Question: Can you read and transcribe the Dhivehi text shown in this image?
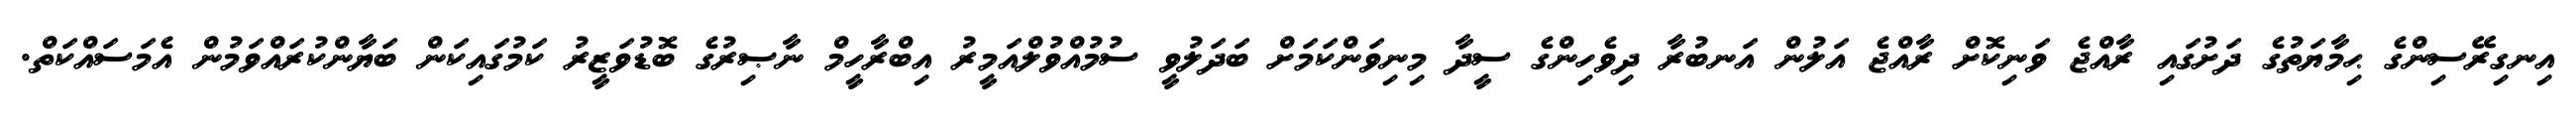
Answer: އިނގިރޭސިންގެ ޙިމާޔަތުގެ ދަށުގައި ރާއްޖެ ވަނިކޮށް ރާއްޖެ އަލުން އަނބުރާ ދިވެހިންގެ ސީދާ މިނިވަންކަމަށް ބަދަލުވީ ސުމުއްވުލްއަމީރު އިބްރާހީމް ނާޞިރުގެ ބޮޑުވަޒީރު ކަމުގައިކަން ބަޔާންކުރައްވަމުން އެމަސައްކަތް.